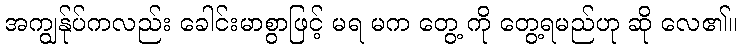
အကျွန်ုပ်ကလည်း ခေါင်းမာစွာဖြင့် မရ မက တွေ့ ကို တွေ့ရမည်ဟု ဆို လေ၏။